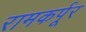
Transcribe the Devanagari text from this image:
रामकर्पूर